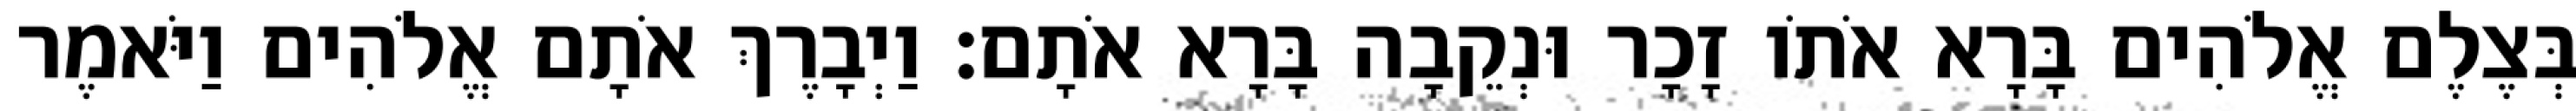
בְּצֶלֶם אֱלֹהִים בָּרָא אֹתֹו זָכָר וּנְקֵבָה בָּרָא אֹתָם׃ וַיְבָרֶךְ אֹתָם אֱלֹהִים וַיֹּאמֶר